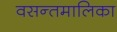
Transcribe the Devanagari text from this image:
वसन्तमालिका